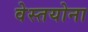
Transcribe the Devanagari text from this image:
वेस्तयोना